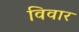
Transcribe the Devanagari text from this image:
विवार